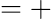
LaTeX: =+